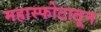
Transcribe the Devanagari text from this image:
महास्फोटातून